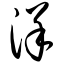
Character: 洋